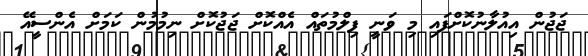
ޖަޖުން އިއުލާނުކޮށްފައި މި ވަނީ ފިލްމުތައް އެއްކޮށް ޖަޖުކޮށް ނިމުމުން ކަމަށް އެންސީއޭ